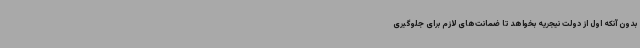
بدون آنکه اول از دولت نیجریه بخواهد تا ضمانت‌های لازم برای جلوگیری